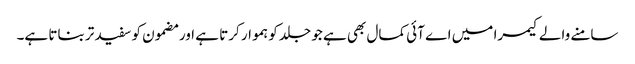
سامنے والے کیمرا میں اے آئی کمال بھی ہے جو جلد کو ہموار کرتا ہے اور مضمون کو سفید تر بناتا ہے۔